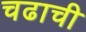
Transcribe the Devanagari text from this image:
चढाची